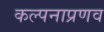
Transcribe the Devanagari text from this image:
कल्पनाप्रणव